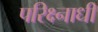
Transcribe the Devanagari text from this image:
परिक्ष्नाधीं